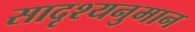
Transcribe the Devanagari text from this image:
सादृश्यनुमान